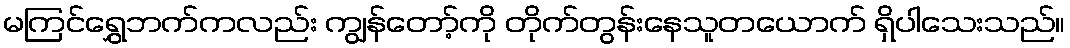
မကြင်ရွှေဘက်ကလည်း ကျွန်တော့်ကို တိုက်တွန်းနေသူတယောက် ရှိပါသေးသည်။